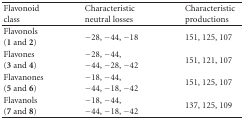
<table><thead><tr><td><b>Flavonoid class</b></td><td><b>Characteristic neutral losses</b></td><td><b>Characteristic productions</b></td></tr></thead><tbody><tr><td>Flavonols (<b>1</b> and <b>2</b>)</td><td>−28, −44, −18</td><td>151, 125, 107</td></tr><tr><td>Flavones (<b>3</b> and <b>4</b>)</td><td>−28, −44, −44, −28, −42</td><td>151, 121, 107</td></tr><tr><td>Flavanones (<b>5</b> and <b>6</b>)</td><td>−18, −44, −44, −18, −42</td><td>151, 125, 107</td></tr><tr><td>Flavanols (<b>7</b> and <b>8</b>)</td><td>−18, −44, −44, −18, −42</td><td>137, 125, 109</td></tr></tbody></table>